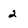
Character: 2